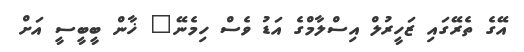
އޭގެ ތެރޭގައި ޒަހީރުލް އިސްލާމްގެ އަޑު ވެސް ހިމެނޭ" ޚާން ބީބީސީ އަށް